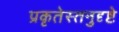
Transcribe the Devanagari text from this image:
प्रकृतेस्तनुदृष्टे